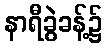
နာရီခွဲခန့်၌